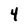
Character: 4